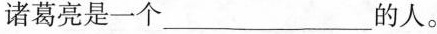
诸葛亮是一个___的人。